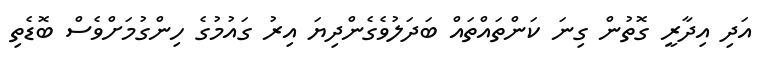
އަދި އިދާރީ ގޮތުން ގިނަ ކަންތައްތައް ބަދަލުވެގެންދިޔަ އިރު ގައުމުގެ ހިންގުމަށްވެސް ބޮޑެތި